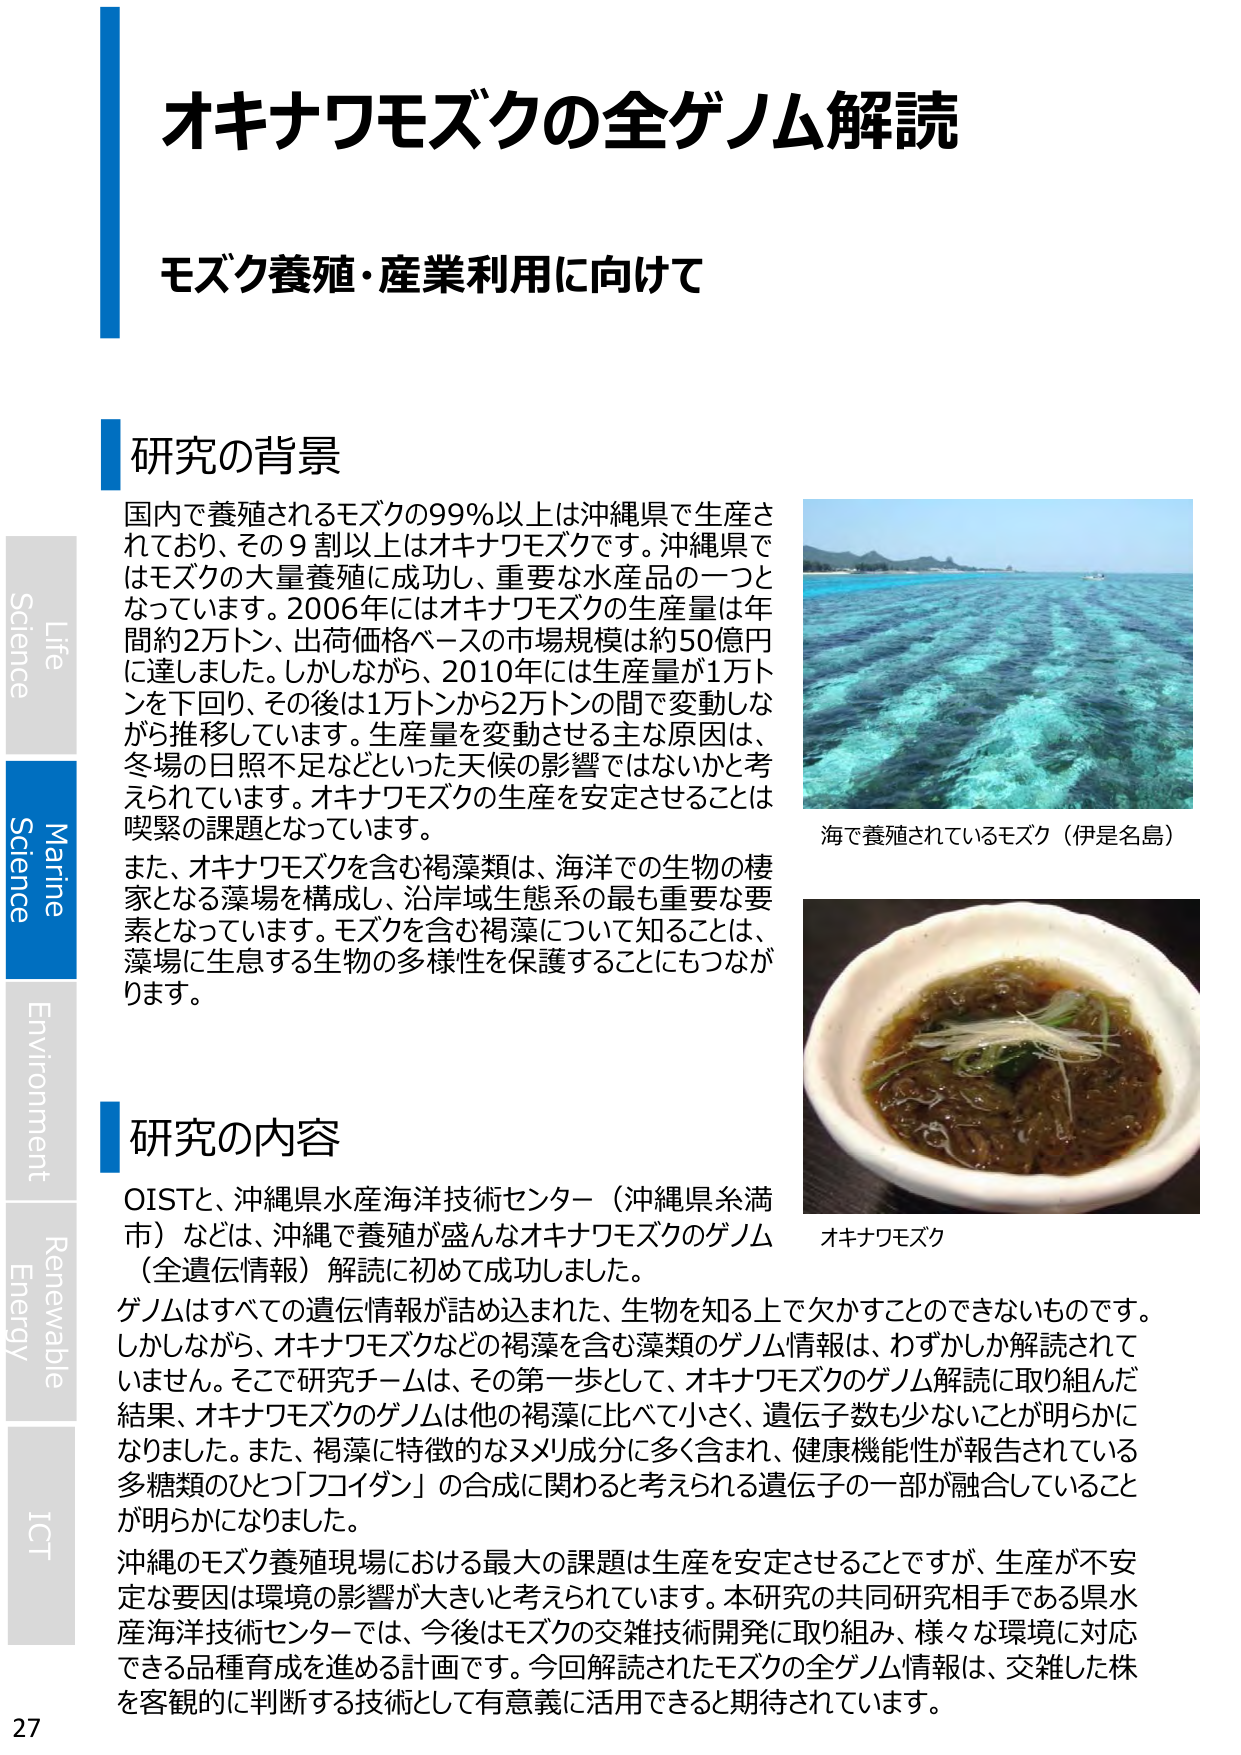
オキナワモズクの全ゲノム解読
モズク養殖・産業利用に向けて

研究の背景
国内で養殖されるモズクの99％以上は沖縄県で生産されており、その9割以上はオキナワモズクです。沖縄県ではモズクの大量養殖に成功し、重要な水産品の一つとなっています。2006年にはオキナワモズクの生産量は年間約2万トン、出荷価格ベースの市場規模は約50億円に達しました。しかしながら、2010年には生産量が1万トンを下回り、その後は1万トンから2万トンの間で変動しながら推移しています。生産量を変動させる主な原因は、冬場の日照不足といった天候の影響ではないかと考えられています。オキナワモズクの生産を安定させることは喫緊の課題となっています。
また、オキナワモズクを含む褐藻類は、海洋での生物の棲家となる藻場を構成し、沿岸域生態系の最も重要な要素となっています。モズクを含む褐藻について知ることは、藻場に生息する生物の多様性を保護することにもつながります。

海で養殖されているモズク（伊是名島）

研究の内容
OISTと、沖縄県水産海洋技術センター（沖縄県糸満市）などは、沖縄で養殖が盛んなオキナワモズクのゲノム（全遺伝情報）解読に初めて成功しました。
ゲノムはすべての遺伝情報が詰め込まれた、生物を知る上で欠かすことのできないものです。しかしながら、オキナワモズクなどの褐藻を含む藻類のゲノム情報は、わずかしか解読されていません。そこで研究チームは、その第一歩として、オキナワモズクのゲノム解読に取り組んだ結果、オキナワモズクのゲノムは他の褐藻に比べて小さく、遺伝子数も少ないことが明らかになりました。また、褐藻に特徴的なヌメリ成分に多く含まれ、健康機能性が報告されている多糖類のひとつ「フコイダン」の合成に関わると考えられる遺伝子の一部が融合していることが明らかになりました。
沖縄のモズク養殖現場における最大の課題は生産を安定させることですが、生産が不安定な要因は環境の影響が大きいと考えられています。本研究の共同研究相手である県水産海洋技術センターでは、今後はモズクの交雑技術開発に取り組み、様々な環境に対応できる品種育成を進める計画です。今回解読されたモズクの全ゲノム情報は、交雑した株を客観的に判断する技術として有意義に活用できると期待されています。

オキナワモズク

Life
Science
Marine
Science
Environment
Renewable
Energy
ICT

27